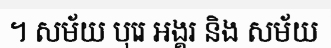
។ សម័យ បុរេ អង្គរ និង សម័យ